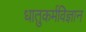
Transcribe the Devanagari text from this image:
धातुकर्मविज्ञान